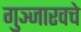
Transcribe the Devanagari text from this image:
गुञ्जारवचे